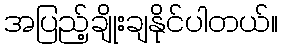
အပြည့်ချိုးချနိုင်ပါတယ်။